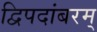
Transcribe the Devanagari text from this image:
द्विपदांबरम्